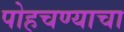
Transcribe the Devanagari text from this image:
पोहचण्याचा